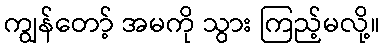
ကျွန်တော့် အမကို သွား ကြည့်မလို့။